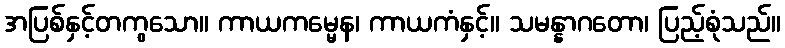
အပြစ်နှင့်တကွသော။ ကာယကမ္မေန၊ ကာယကံနှင့်။ သမန္နာဂတော၊ ပြည့်စုံသည်။